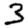
Digit: 3